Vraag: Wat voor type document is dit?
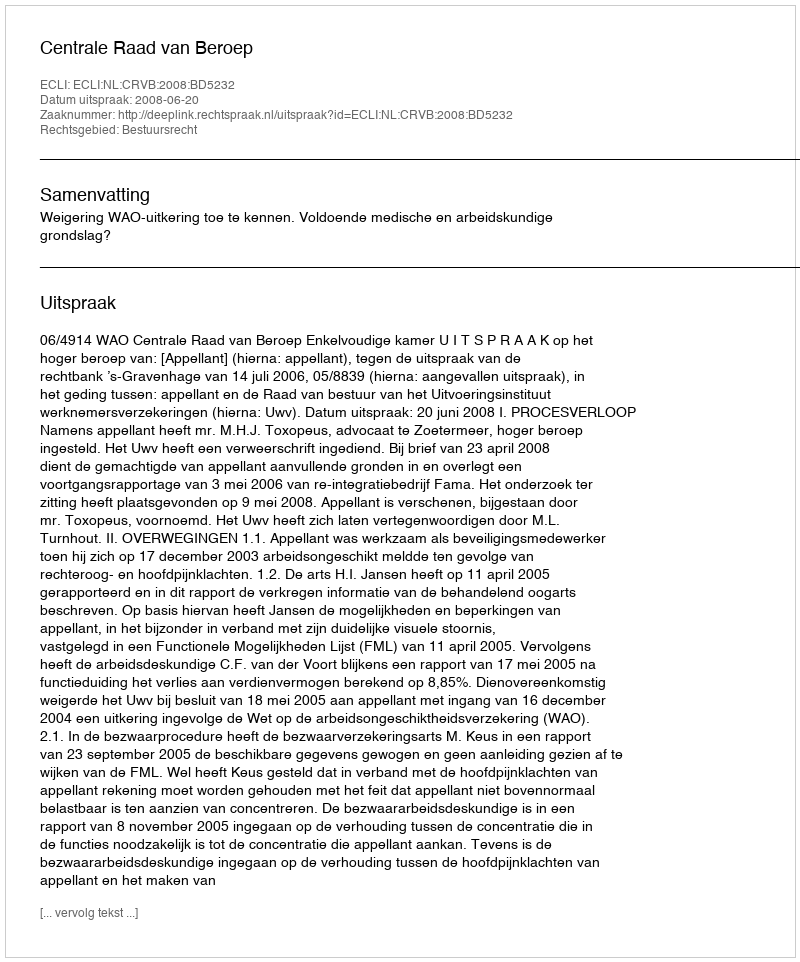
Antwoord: Uitspraak